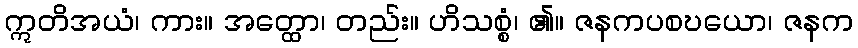
ဣတိအယံ၊ ကား။ အတ္ထော၊ တည်း။ ဟိသစ္စံ၊ ၏။ ဇနကပစဎယော၊ ဇနက